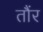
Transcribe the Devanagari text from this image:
तौंर